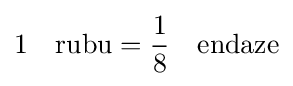
1\quad {\text{rubu}}={\frac {1}{8}}\quad {\text{endaze}}